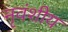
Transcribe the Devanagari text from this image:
नृवंशीय